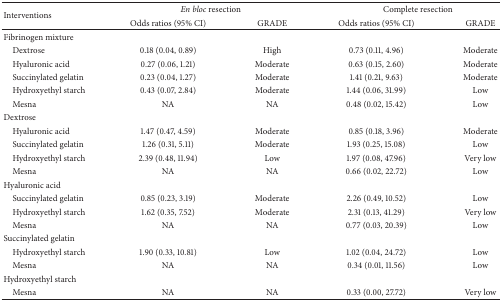
| <ROWSPAN=2> Interventions | <COLSPAN=2> En bloc resection | <COLSPAN=2> Complete resection |
 | Odds ratios (95% CI) | GRADE | Odds ratios (95% CI) | GRADE |
 | --- | --- | --- | --- | --- |
 | Fibrinogen mixture |  |  |  |  |
 | Dextrose | 0.18 (0.04, 0.89) | High | 0.73 (0.11, 4.96) | Moderate |
 | Hyaluronic acid | 0.27 (0.06, 1.21) | Moderate | 0.63 (0.15, 2.60) | Moderate |
 | Succinylated gelatin | 0.23 (0.04, 1.27) | Moderate | 1.41 (0.21, 9.63) | Moderate |
 | Hydroxyethyl starch | 0.43 (0.07, 2.84) | Moderate | 1.44 (0.06, 31.99) | Low |
 | Mesna | NA | NA | 0.48 (0.02, 15.42) | Low |
 | Dextrose |  |  |  |  |
 | Hyaluronic acid | 1.47 (0.47, 4.59) | Moderate | 0.85 (0.18, 3.96) | Moderate |
 | Succinylated gelatin | 1.26 (0.31, 5.11) | Moderate | 1.93 (0.25, 15.08) | Low |
 | Hydroxyethyl starch | 2.39 (0.48, 11.94) | Low | 1.97 (0.08, 47.96) | Very low |
 | Mesna | NA | NA | 0.66 (0.02, 22.72) | Low |
 | Hyaluronic acid |  |  |  |  |
 | Succinylated gelatin | 0.85 (0.23, 3.19) | Moderate | 2.26 (0.49, 10.52) | Low |
 | Hydroxyethyl starch | 1.62 (0.35, 7.52) | Moderate | 2.31 (0.13, 41.29) | Very low |
 | Mesna | NA | NA | 0.77 (0.03, 20.39) | Low |
 | Succinylated gelatin |  |  |  |  |
 | Hydroxyethyl starch | 1.90 (0.33, 10.81) | Low | 1.02 (0.04, 24.72) | Low |
 | Mesna | NA | NA | 0.34 (0.01, 11.56) | Low |
 | Hydroxyethyl starch |  |  |  |  |
 | Mesna | NA | NA | 0.33 (0.00, 27.72) | Very low |